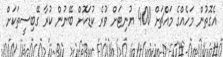
އެގޮތުން މަހެއްގެ މައްޗަށް 400 ޔުނިޓަށް ވުރެ ކުޑަކޮށް ބޭނުން ކުރާ ގޭބިސީތަކަށް